Report of the Indian Hemp Drugs Commission, 1894-1895 - Volume III
Year: 1894
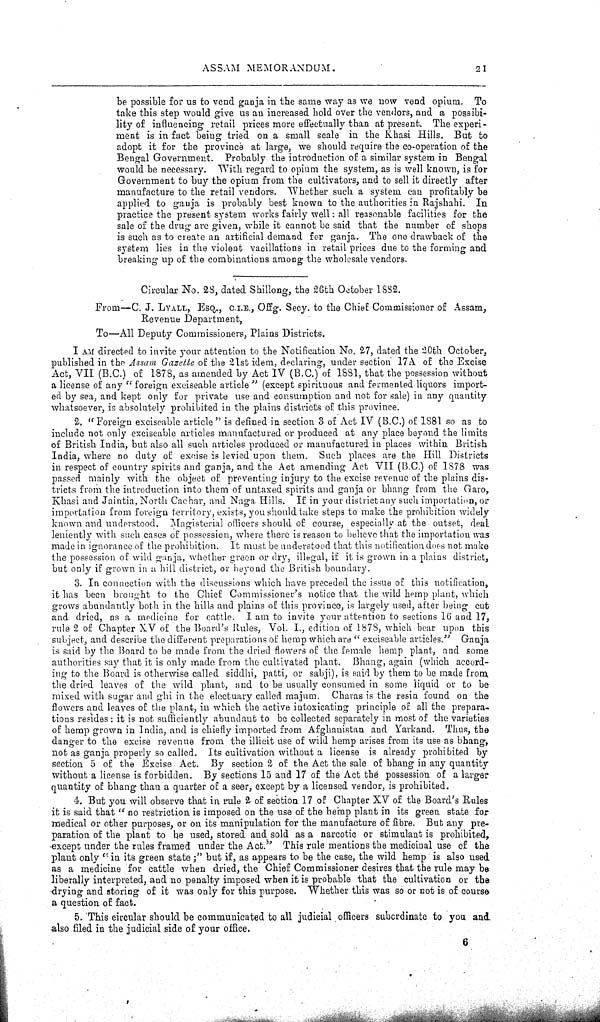
ASSAM MEMORANDUM.
21
be possible for us to vend ganja in the same way as we now vend opium. To
take this step would give us an increased hold over the vendors, and a possibi-
lity of influencing retail prices more effectually than at present. The experi-
ment is in fact being tried on a small scale in the Khasi Hills. But to
adopt it for the province at large, we should require the co-operation of the
Bengal Government. Probably the introduction of a similar system in Bengal
would be necessary. With regard to opium the system, as is well known, is for
Government to buy the opium from the cultivators, and to sell it directly after
manufacture to the retail vendors. Whether such a system can profitably be
applied to ganja is probably best known to the authorities in Rajshahi. In
practice the present system works fairly well: all reasonable facilities for the
sale of the drug are given, while it cannot be said that the number of shops
is such as to create an artificial demand for ganja. The one drawback of the
system lies in the violent vacillations in retail prices due to the forming and
breaking up of the combinations among the wholesale vendors.
Circular No. 28, dated Shillong, the 26th October 1882.
From—C. J. LYALL, ESQ., C.I.E., Offg. Secy. to the Chief Commissioner of Assam,
Revenue Department,
To—All Deputy Commissioners, Plains Districts.
I AM directed to invite your attention to the Notification No. 27, dated the 20th October,
published in the Assam Gazette of the 21st idem, declaring, under section 17A of the Excise
Act, VII (B.C.) of 1878, as amended by Act IV (B.C.) of 1881, that the possession without
a license of any "foreign exciseable article" (except spirituous and fermented liquors import-
ed by sea, and kept only for private use and consumption and not for sale) in any quantity
whatsoever, is absolutely prohibited in the plains districts of this province.
2. "Foreign exciseable article" is defined in section 3 of Act IV (B.C.) of 1881 so as to
include not only exciseable articles manufactured or produced at any place beyond the limits
of British India, but also all such articles produced or manufactured in places within British
India, where no duty of excise is levied upon them. Such places are the Hill Districts
in respect of country spirits and ganja, and the Act amending Act VII (B.C.) of 1878 was
passed mainly with the object of preventing injury to the excise revenue of the plains dis-
tricts from the introduction into them of untaxed spirits and ganja or bhang from the Garo,
Khasi and Jaintia, North Cachar, and Naga Hills. If in your district any such importation, or
importation from foreign territory, exists, you should take steps to make the prohibition widely
known and understood. Magisterial officers should of course, especially at the outset, deal
leniently with such cases of possession, where there is reason to believe that the importation was
made in ignorance of the prohibition. It must be understood that this notification does not make
the possession of wild ganja, whether green or dry, illegal, if it is grown in a plains district,
but only if grown in a hill district, or beyond the British boundary.
3. In connection with the discussions which have preceded the issue of this notification,
it has been brought to the Chief Commissioner's notice that the wild hemp plant, which
grows abundantly both in the hills and plains of this province, is largely used, after being cut
and dried, as a medicine for cattle. I am to invite your attention to sections 16 and 17,
rule 2 of Chapter XV of the Board's Rules, Vol. I., edition of 1878, which bear upon this
subject, and describe the different preparations of hemp which are "exciseable articles." Ganja
is said by the Board to be made from the dried flowers of the female hemp plant, and some
authorities say that it is only made from the cultivated plant. Bhang, again (which accord-
ing to the Board is otherwise called siddhi, patti, or sabji), is said by them to be made from
the dried leaves of the wild plant, and to be usually consumed in some liquid or to be
mixed with sugar and ghi in the electuary called majum. Charas is the resin found on the
flowers and leaves of the plant, in which the active intoxicating principle of all the prepara-
tions resides: it is not sufficiently abundant to be collected separately in most of the varieties
of hemp grown in India, and is chiefly imported from Afghanistan and Yarkand. Thus, the
danger to the excise revenue from the illicit use of wild hemp arises from its use as bhang,
not as ganja properly so called. Its cultivation without a license is already prohibited by
section 5 of the Excise Act. By section 2 of the Act the sale of bhang in any quantity
without a license is forbidden. By sections 15 and 17 of the Act the possession of a larger
quantity of bhang than a quarter of a seer, except by a licensed vendor, is prohibited.
4. But you will observe that in rule 2 of section 17 of Chapter XV of the Board's Rules
it is said that "no restriction is imposed on the use of the hemp plant in its green state for
medical or other purposes, or on its manipulation for the manufacture of fibre. But any pre-
paration of the plant to be used, stored and sold as a narcotic or stimulant is prohibited,
except under the rules framed under the Act." This rule mentions the medicinal use of the
plant only "in its green state;" but if, as appears to be the case, the wild hemp is also used
as a medicine for cattle when dried, the Chief Commissioner desires that the rule may be
liberally interpreted, and no penalty imposed when it is probable that the cultivation or the
drying and storing of it was only for this purpose. Whether this was so or not is of course
a question of fact.
5. This circular should be communicated to all judicial officers subordinate to you and.
also filed in the judicial side of your office.
6